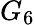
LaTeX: G_{6}